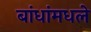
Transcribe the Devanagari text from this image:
बांधांमधले